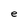
Character: e